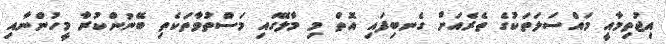
އިޖުތިމާއީ މައްސަލަތަކުގެ ތެރެއަށް ގެނބިފައި އޮތް މި މާލޭގައި މަސްތުވާތަކެތި ބޭނުންކުރާ މީހުންނާއި